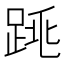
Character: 𨁓